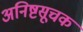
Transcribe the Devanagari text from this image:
अनिष्टसूचक